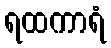
ရထကာရံ